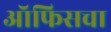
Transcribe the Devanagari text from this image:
ऑफिसचा